Report of the Indian Hemp Drugs Commission, 1894-1895 - Volume V
Year: 1894
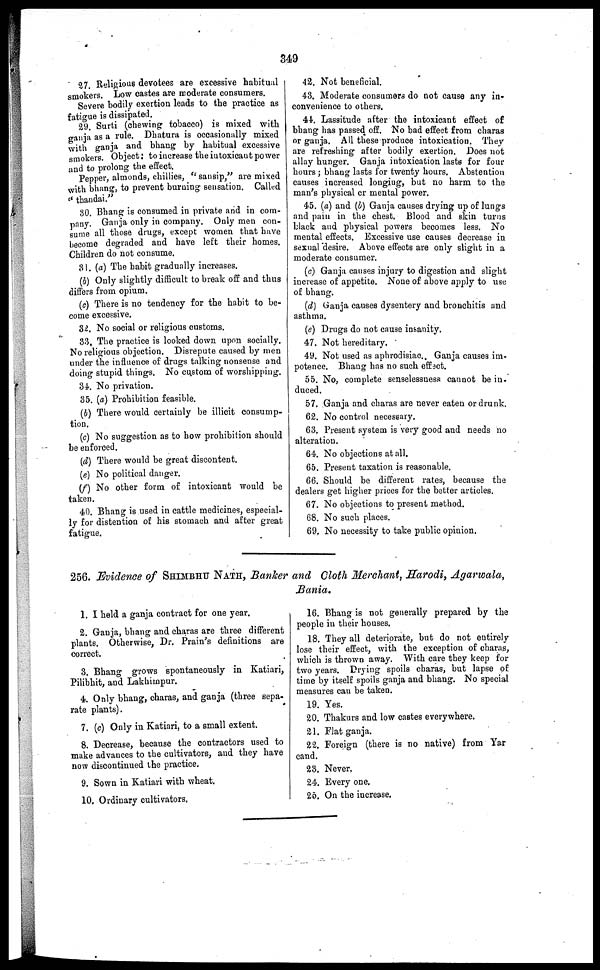
349
27. Religious devotees are excessive habitual
smokers. Low castes are moderate consumers.
Severe bodily exertion leads to the practice as
fatigue is dissipated.
29. Surti (chewing tobacco) is mixed with
sania as a rule. Dhatura is occasionally mixed
with ganja and bhang by habitual excessive
smokers. Object: to increase the intoxicant power
and to prolong the effect.
Pepper, almonds, chillies, "sansip," are mixed
with bhang, to prevent burning sensation. Called
"thandai."
30. Bhang is consumed in private and in com-
pany. Ganja only in company. Only men con-
sume all those drugs, except women that have
become degraded and have left their homes.
Children do not consume.
31. (a) The habit gradually increases.
(b) Only slightly difficult to break off and thus
differs from opium.
(c) There is no tendency for the habit to be-
come excessive.
32. No social or religious customs.
33. The practice is looked down upon socially.
No religious objection. Disrepute caused by men
under the influence of drugs talking nonsense and
doing stupid things. No custom of worshipping.
34. No privation.
35. (a) Prohibition feasible.
(b) There would certainly be illicit consump-
tion,
(c) No suggestion as to how prohibition should
be enforced.
(d) There would be great discontent.
(e) No political danger.
(f) No other form of intoxicant would be
taken.
40. Bhang is used in cattle medicines, especial-
ly for distention of his stomach and after great
fatigue.
4.2. Not beneficial.
43. Moderate consumers do not cause any in-
convenience to others.
41. Lassitude after the intoxicant effect of
bhang has passed off. No bad effect from charas
or ganja. All these produce intoxication. They
are refreshing after bodily exertion. Does not
allay hunger. Ganja intoxication lasts for four
hours ; bhang lasts for twenty hours. Abstention
causes increased longing, but no harm to the
man's physical or mental power.
45. (a) and (b) Ganja causes drying up of lungs
and pain in the chest. Blood and skin turns
black and physical powers becomes less. No
mental effects. Excessive use causes decrease in
sexual "desire. Above effects are only slight in a
moderate consumer.
(c) Ganja causes injury to digestion and slight
increase of appetite. None of above apply to use
of bhang.
(d) Ganja causes dysentery and bronchitis and
asthma.
(e) Drugs do not cause insanity.
47. Not hereditary.
49. Not used as aphrodisiac. Ganja causes im-
potence. Bhang has no such effect.
55. No, complete senselessness cannot be in-
duced.
57. Ganja and charas are never eaten or drunk.
62. No control necessary.
63. Present system is very good and needs no
alteration.
64. No objections at all.
65. Present taxation is reasonable.
66. Should be different rates, because the
dealers get higher prices for the better articles.
67. No objections to present method.
68. No such places.
69. No necessity to take public opinion.
256. Evidence of SHIMBHU NATH, Ranker and Cloth Merchant, Harodi, Agarwala,
Bania.
1. I held a ganja contract for one year.
2. Ganja, bhang and charas are three different
plants. Otherwise, Dr. Prain's definitions are
correct.
3. Bhang grows spontaneously in Katiari,
Pilibhit, and Lakhimpur.
4. Only bhang, charas, and ganja (three sepa-
rate plants).
7. (c) Only in Katiari, to a small extent.
8. Decrease, because the contractors used to
make advances to the cultivators, and they have
now discontinued the practice.
9. Sown in Katiari with wheat.
10. Ordinary cultivators.
16. Bhang is not generally prepared by the
people in their houses.
18. They all deteriorate, but do not entirely
lose their effect, with the exception of charas,
which is thrown away. With care they keep for
two years. Drying spoils charas, but lapse of
time by itself spoils ganja and bhang. No special
measures can be taken.
19. Yes.
20. Thakurs and low castes everywhere.
21. Flat ganja.
22. Foreign (there is no native) from Yar
cand.
23. Never,
24. Every one.
25. On the increase.